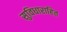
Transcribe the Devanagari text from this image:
सुविधाराहित